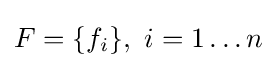
F=\{f_{i}\},\ i=1\ldots n